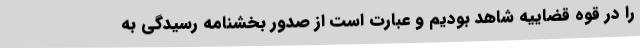
را در قوه قضاییه شاهد بودیم و عبارت است از صدور بخشنامه رسیدگی به